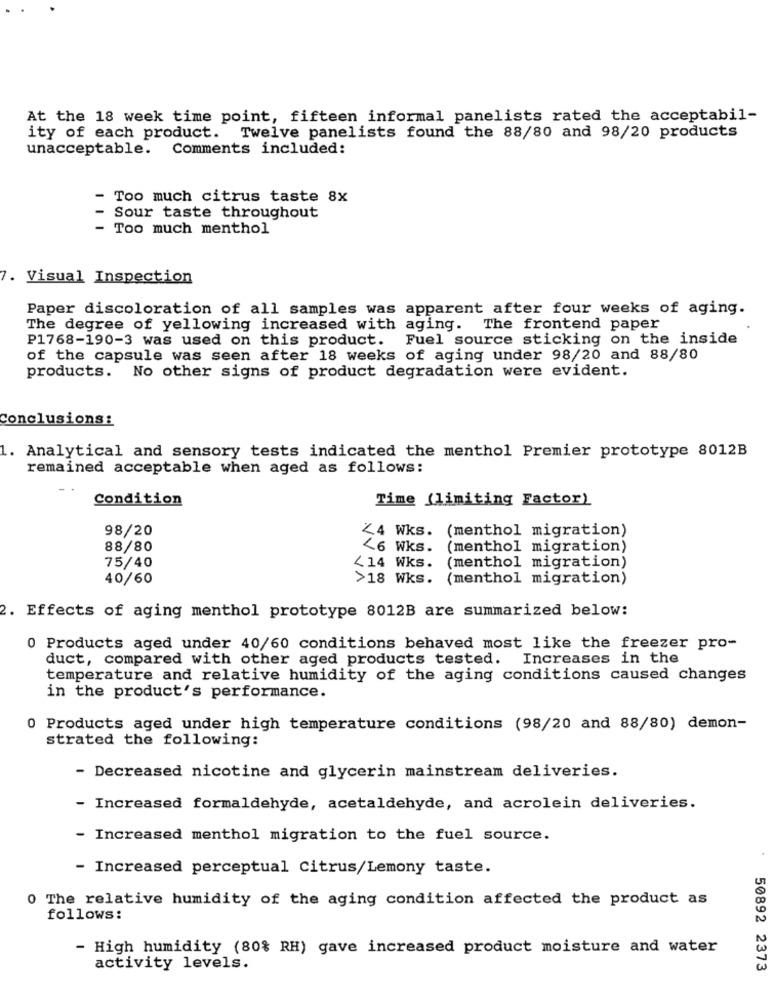
At the 18 week time point, fifteen informal panelists rated the acceptabil-
ity of each product. Twelve panelists found the 88/80 and 98/20 products
unacceptable.
Comments included:
- Too much citrus taste 8x
Sour taste throughout
- Too much menthol
7. Visual Inspection
Paper discoloration of all samples was apparent after four weeks of aging.
The degree of yellowing increased with aging. The frontend paper
P1768-190-3 was used on this product. Fuel source sticking on the inside
of the capsule was seen after 18 weeks of aging under 98/20 and 88/80
products. No other signs of product degradation were evident.
Conclusions:
1. Analytical and sensory tests indicated the menthol Premier prototype 8012B
remained acceptable when aged as follows:
Condition
Time (limiting Factor)
98/20
<4 Wks. (menthol migration)
88/80
<6 Wks. (menthol migration)
<14 Wks. (menthol migration)
75/40
40/60
>18 Wks. (menthol migration)
2. Effects of aging menthol prototype 8012B are summarized below:
Products aged under 40/60 conditions behaved most like the freezer pro-
duct, compared with other aged products tested. Increases in the
temperature and relative humidity of the aging conditions caused changes
in the product's performance.
0 Products aged under high temperature conditions (98/20 and 88/80) demon-
strated the following:
- Decreased nicotine and glycerin mainstream deliveries.
- Increased formaldehyde, acetaldehyde, and acrolein deliveries.
- Increased menthol migration to the fuel source.
- Increased perceptual Citrus/Lemony taste.
0 The relative humidity of the aging condition affected the product as
follows:
- High humidity (80% RH) gave increased product moisture and water
activity levels.
50892 2373